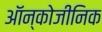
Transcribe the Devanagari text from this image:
ऑन्कोजीनिक